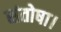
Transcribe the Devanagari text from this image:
संतोषा।